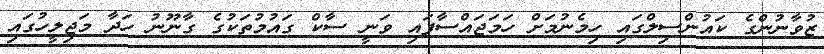
ޒުވާނުންގެ ކައުންސިލްގައި ހިމެނުމަށް ހަމަޖައްސާފައި ވަނީ ސާކް ގައުމުތަކުގެ ގާނޫނު ހަދާ މަޖިލީހުގައި